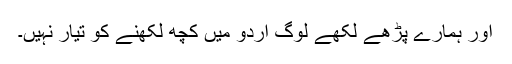
اور ہمارے پڑھے لکھے لوگ اردو میں کچھ لکھنے کو تیار نہیں۔